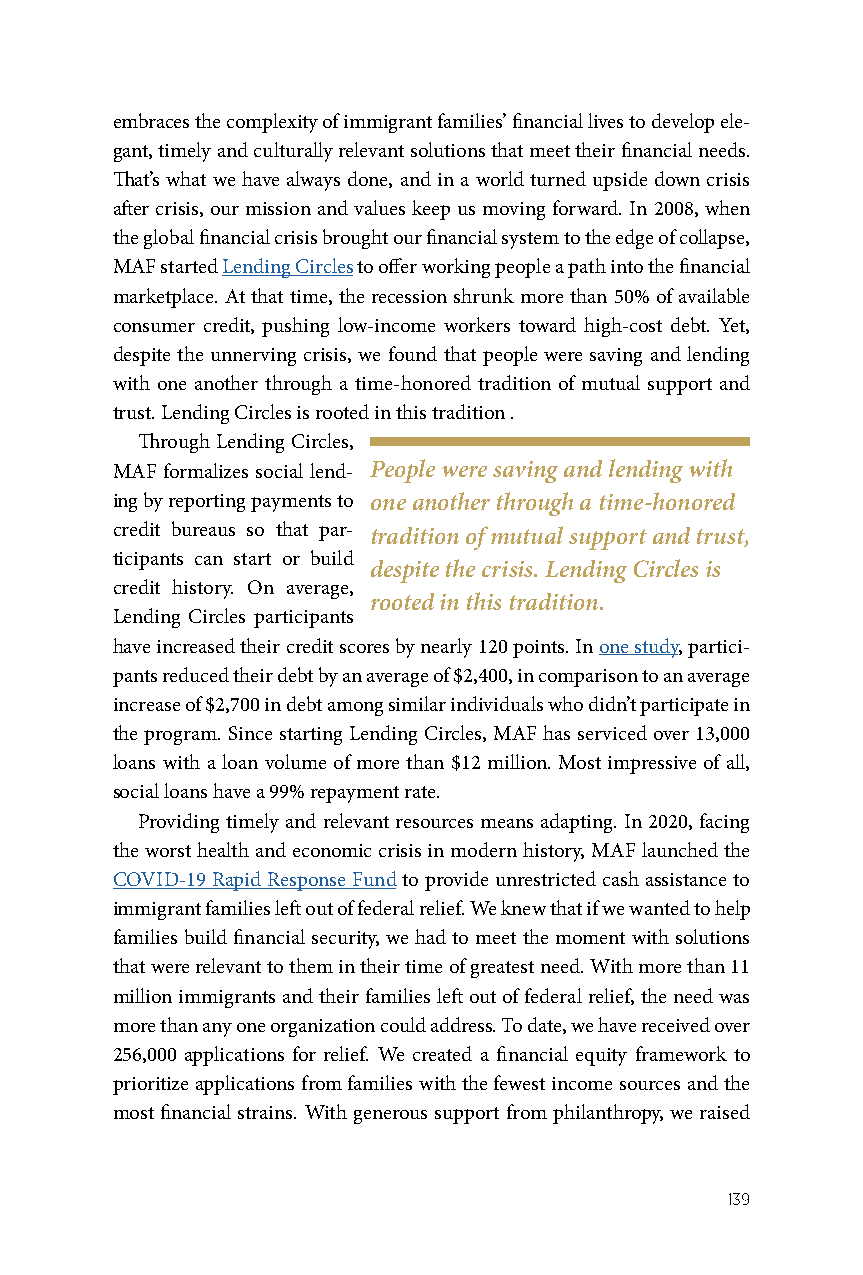
embraces the complexity of immigrant families’ financial lives to develop ele-
 gant, timely and culturally relevant solutions that meet their financial needs.
 That’s what we have always done, and in a world turned upside down crisis
 after crisis, our mission and values keep us moving forward. In 2008, when
 the global financial crisis brought our financial system to the edge of collapse,
 MAF started Lending Circles to offer working people a path into the financial
 marketplace. At that time, the recession shrunk more than 50% of available
 consumer credit, pushing low-income workers toward high-cost debt. Yet,
 despite the unnerving crisis, we found that people were saving and lending
 with one another through a time-honored tradition of mutual support and
 trust. Lending Circles is rooted in this tradition .
 Through Lending Circles,
 MAF formalizes social lend- People were saving and lending with
 ing by reporting payments to one another through a time-honored
 credit bureaus so that par- tradition of mutual support and trust,
 ticipants can start or build
 despite the crisis. Lending Circles is
 credit history. On average,
 rooted in this tradition.
 Lending Circles participants
 have increased their credit scores by nearly 120 points. In one study, partici-
 pants reduced their debt by an average of $2,400, in comparison to an average
 increase of $2,700 in debt among similar individuals who didn’t participate in
 the program. Since starting Lending Circles, MAF has serviced over 13,000
 loans with a loan volume of more than $12 million. Most impressive of all,
 social loans have a 99% repayment rate.
 Providing timely and relevant resources means adapting. In 2020, facing
 the worst health and economic crisis in modern history, MAF launched the
 COVID-19 Rapid Response Fund to provide unrestricted cash assistance to
 immigrant families left out of federal relief. We knew that if we wanted to help
 families build financial security, we had to meet the moment with solutions
 that were relevant to them in their time of greatest need. With more than 11
 million immigrants and their families left out of federal relief, the need was
 more than any one organization could address. To date, we have received over
 256,000 applications for relief. We created a financial equity framework to
 prioritize applications from families with the fewest income sources and the
 most financial strains. With generous support from philanthropy, we raised
 139